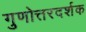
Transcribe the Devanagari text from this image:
गुणोत्तरदर्शक